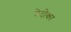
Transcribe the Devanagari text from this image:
वेदोका